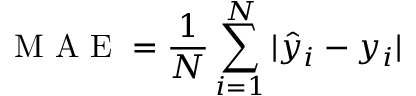
\mathrm { ~ M ~ A ~ E ~ } = \frac { 1 } { N } \sum _ { i = 1 } ^ { N } | \hat { y } _ { i } - y _ { i } |